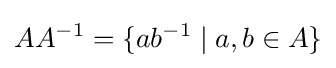
AA^{-1}=\{ab^{-1}\mid a,b\in A\}